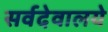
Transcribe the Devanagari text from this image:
सर्वदेवालये